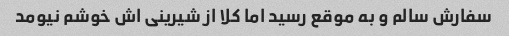
سفارش سالم و به موقع رسید اما کلا از شیرینی اش خوشم نیومد